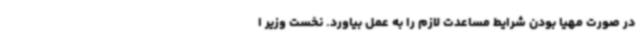
در صورت مهیا بودن شرایط مساعدت لازم را به عمل بیاورد. نخست وزیر ا